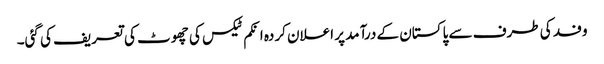
وفد کی طرف سے پاکستان کے درآمد پر اعلان کردہ انکم ٹیکس کی چھوٹ کی تعریف کی گئی۔